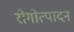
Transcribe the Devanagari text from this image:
रोगोत्पादन